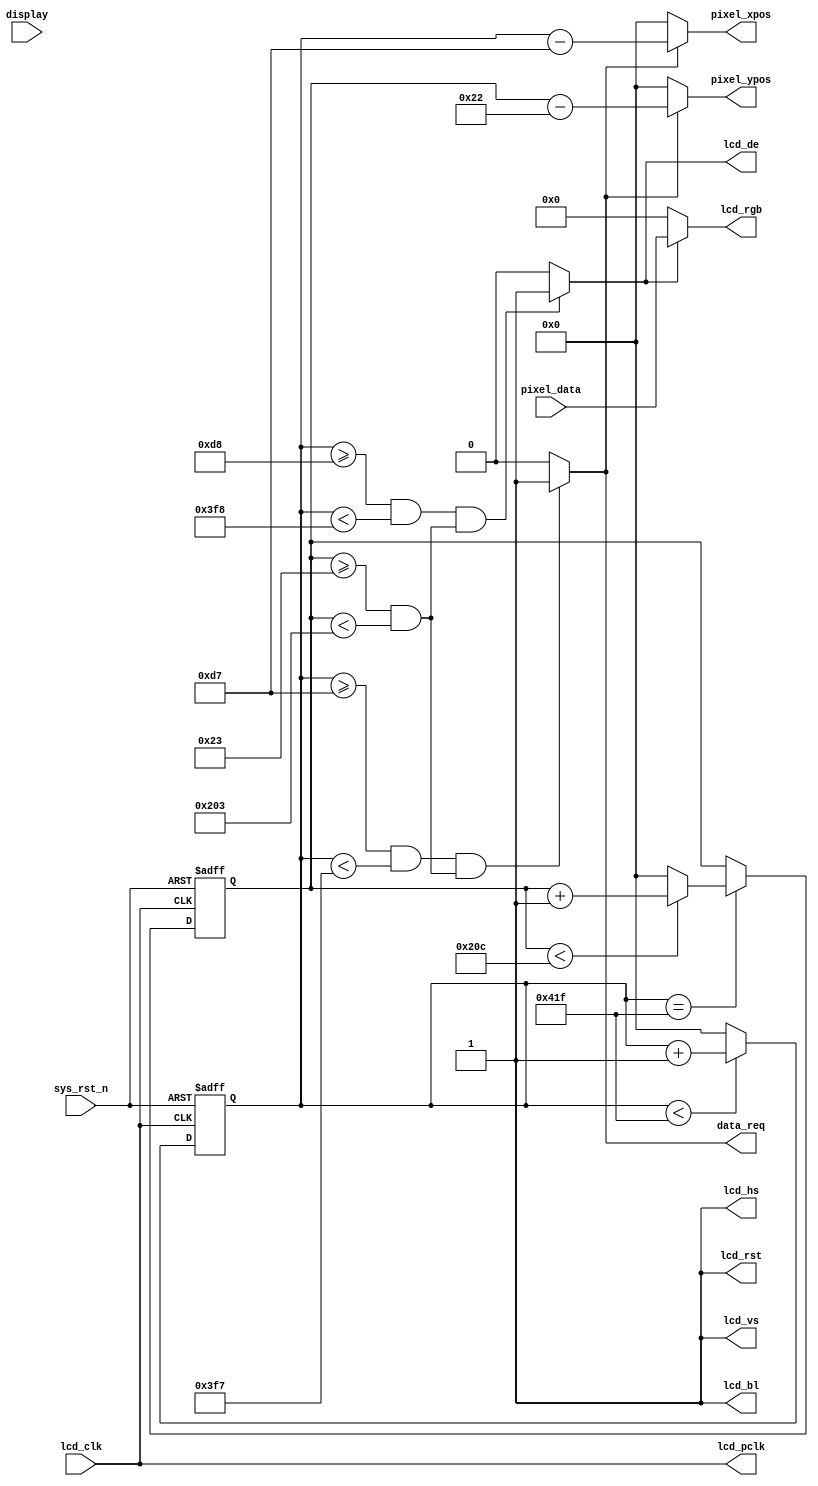
//****************************************Copyright (c)***********************************//
//www.openedv.com
//http://openedv.taobao.com 
//""FPGA & STM32
//
//Copyright(C)  2018-2028
//All rights reserved	                               
//----------------------------------------------------------------------------------------
// File name:           lcd_driver
// Last modified Date:  2018/1/30 11:12:36
// Last Version:        V1.1
// Descriptions:        RGB LCD
//----------------------------------------------------------------------------------------
// Created by:          
// Created date:        2018/1/29 10:55:56
// Version:             V1.0
// Descriptions:        The original version
//
//----------------------------------------------------------------------------------------
// Modified by:		    
// Modified date:	    2018/1/30 11:12:36
// Version:			    V1.1
// Descriptions:	    RGB LCD
//
//----------------------------------------------------------------------------------------
//****************************************************************************************//

module lcd_driver(
    input           lcd_clk,      //lcd
    input           sys_rst_n,    //
    input           display,      //**
    //RGB LCD                          
    output          lcd_hs,       //LCD 
    output          lcd_vs,       //LCD 
    output          lcd_de,       //LCD 
    output  [15:0]  lcd_rgb,      //LCD RGB565
    output          lcd_bl,       //LCD 
    output          lcd_rst,      //LCD 
    output          lcd_pclk,     //LCD 
    
    input   [15:0]  pixel_data,   //
    output          data_req  ,   // 
    output  [10:0]  pixel_xpos,   //
    output  [10:0]  pixel_ypos    //
    );                             
                                                        
//parameter define  
parameter  H_SYNC   =  11'd128;   //
parameter  H_BACK   =  11'd88;    //
parameter  H_DISP   =  11'd800;   //
parameter  H_FRONT  =  11'd40;    //
parameter  H_TOTAL  =  11'd1056;  //

parameter  V_SYNC   =  11'd2;     //
parameter  V_BACK   =  11'd33;    //
parameter  V_DISP   =  11'd480;   //
parameter  V_FRONT  =  11'd10;    //
parameter  V_TOTAL  =  11'd525;   //
          
//reg define                                     
reg  [10:0] cnt_h;
reg  [10:0] cnt_v;

//wire define
wire       lcd_en;

//*****************************************************
//**                    main code
//*****************************************************
assign lcd_bl   = 1'b1;           //RGB LCD
assign lcd_rst  = 1'b1;           //RGB LCD
assign lcd_pclk = lcd_clk;        //RGB LCD

//RGB LCD 
assign lcd_de  = lcd_en;          //LCD
assign lcd_hs  = 1'b1;
assign lcd_vs  = 1'b1;

//RGB565
assign lcd_en  = (((cnt_h >= H_SYNC+H_BACK) && (cnt_h < H_SYNC+H_BACK+H_DISP))
                 &&((cnt_v >= V_SYNC+V_BACK) && (cnt_v < V_SYNC+V_BACK+V_DISP)))
                 ?  1'b1 : 1'b0;
                 
//RGB565                 
assign lcd_rgb = lcd_en ? pixel_data : 16'd0;

//                
assign data_req = (((cnt_h >= H_SYNC+H_BACK-1'b1) && (cnt_h < H_SYNC+H_BACK+H_DISP-1'b1))
                  && ((cnt_v >= V_SYNC+V_BACK) && (cnt_v < V_SYNC+V_BACK+V_DISP)))
                  ?  1'b1 : 1'b0;

//                
assign pixel_xpos = data_req ? (cnt_h - (H_SYNC + H_BACK - 1'b1)) : 11'd0;
assign pixel_ypos = data_req ? (cnt_v - (V_SYNC + V_BACK - 1'b1)) : 11'd0;

//
always @(posedge lcd_clk or negedge sys_rst_n ) begin         
    if (!sys_rst_n)
        cnt_h <= 11'd0;                                  
    else begin
        if(cnt_h < H_TOTAL - 1'b1)                                               
            cnt_h <= cnt_h + 1'b1;                               
        else 
            cnt_h <= 11'd0;  
    end
end

//
always @(posedge lcd_clk or negedge sys_rst_n ) begin         
    if (!sys_rst_n)
        cnt_v <= 11'd0;                                  
    else if(cnt_h == H_TOTAL - 1'b1) begin
        if(cnt_v < V_TOTAL - 1'b1)                                               
            cnt_v <= cnt_v + 1'b1;                               
        else 
            cnt_v <= 11'd0;  
    end
end

endmodule